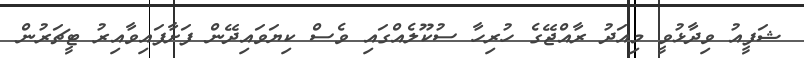
ޝަފީއު ވިދާޅުވީ މިއަދު ރާއްޖޭގެ ހުރިހާ ސުކޫލެއްގައި ވެސް ކިޔަވައިދޭން ފަށާފައިވާއިރު ޓީޗަރުން